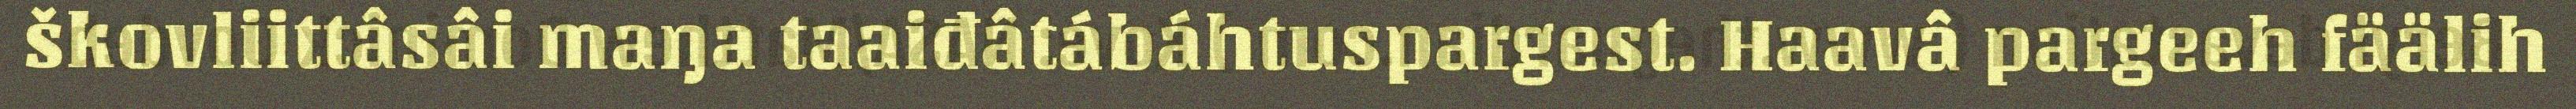
škovliittâsâi maŋa taaiđâtábáhtuspargest. Haavâ pargeeh fäälih